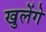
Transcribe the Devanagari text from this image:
खुलेंगे